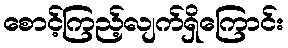
စောင့်ကြည့်လျက်ရှိကြောင်း